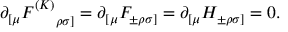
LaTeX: \partial _ { [ \mu } F _ { ~ ~ ~ ~ \rho \sigma ] } ^ { ( K ) } = \partial _ { [ \mu } F _ { \pm \rho \sigma ] } = \partial _ { [ \mu } H _ { \pm \rho \sigma ] } = 0 .